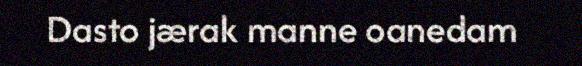
Dasto jærak manne oanedam